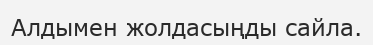
Алдымен жолдасыңды сайла.